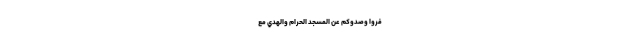
َفَرُوا وَصَدُّوكُمْ عَنِ الْمَسْجِدِ الْحَرَامِ وَالْهَدْيَ مَعْ